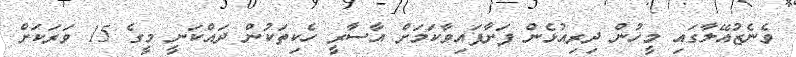
ވެނެޒުއޭލާގައި މީހުން ދިރިއުޅެން ފަށާފައިވާކަމަށް އާސާރީ ހެކިތަކުން ދައްކަނީ މީގެ 15 ވަރަކަށް